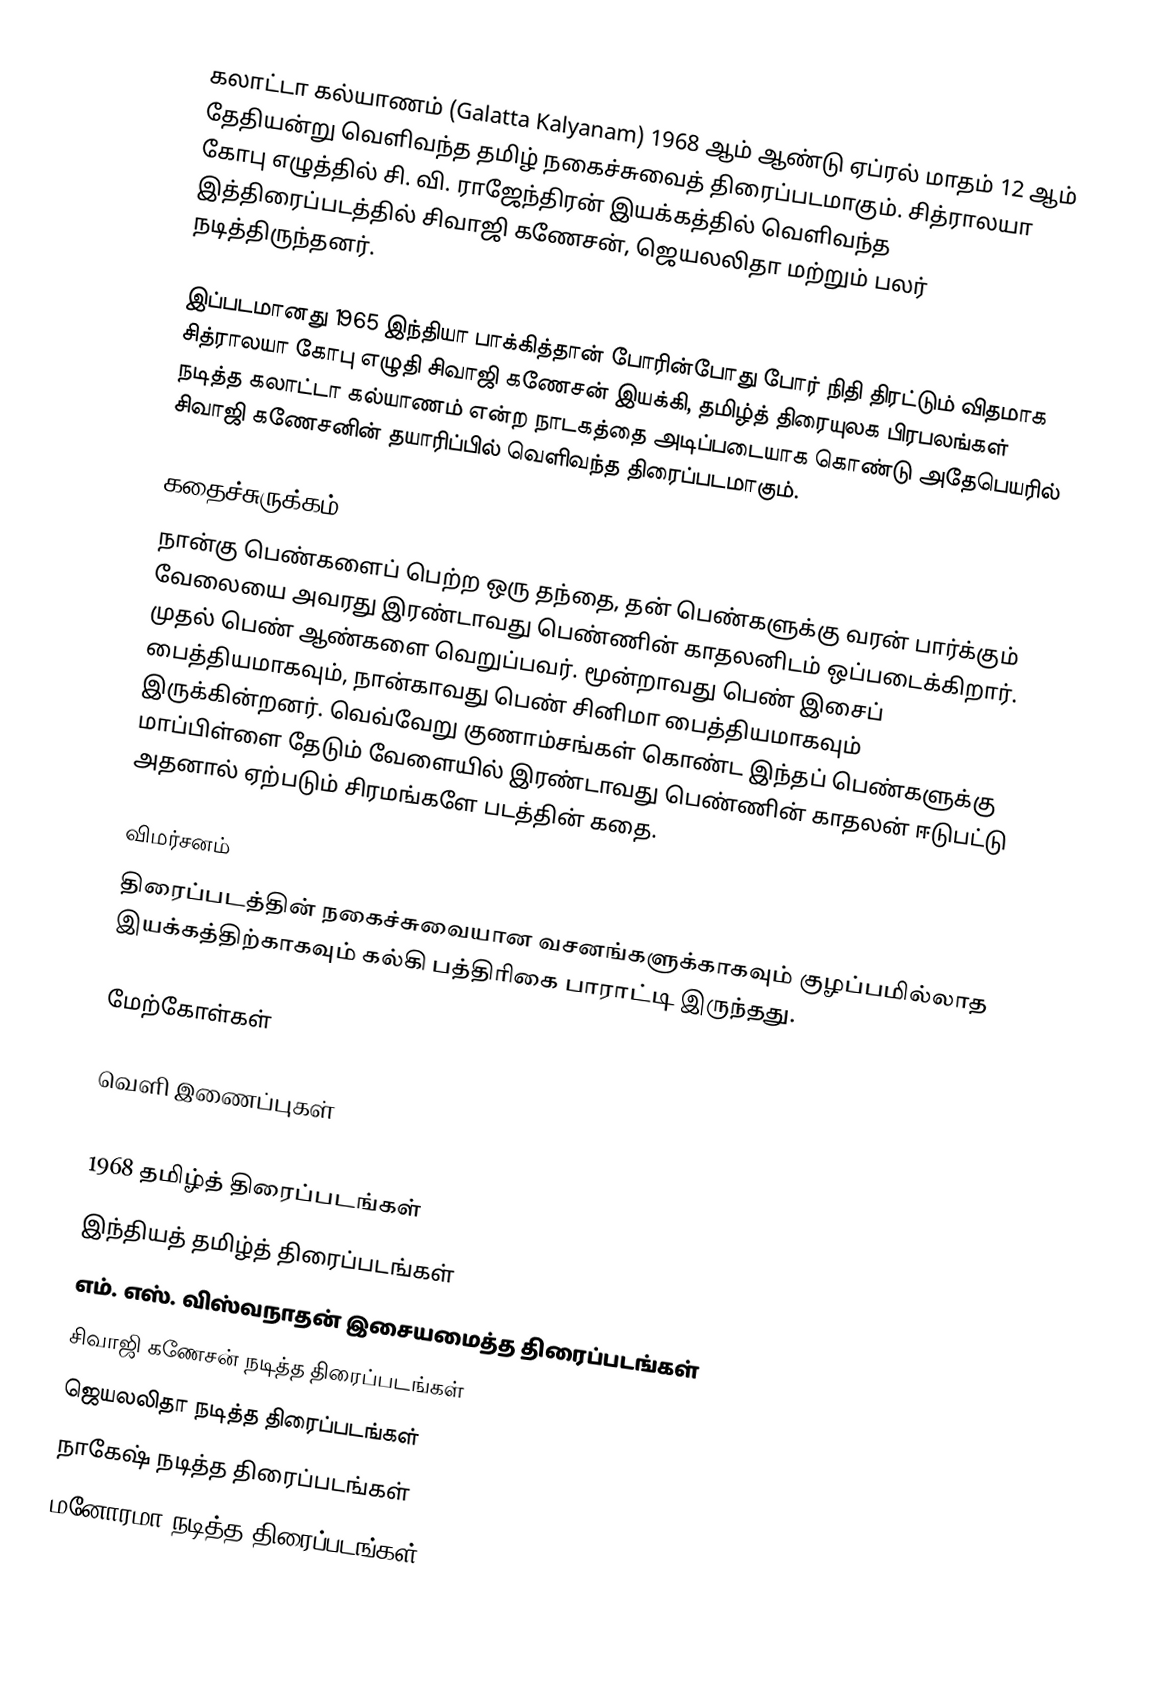
கலாட்டா கல்யாணம் (Galatta Kalyanam) 1968 ஆம் ஆண்டு ஏப்ரல் மாதம் 12 ஆம் தேதியன்று வெளிவந்த தமிழ் நகைச்சுவைத் திரைப்படமாகும்.  சித்ராலயா கோபு எழுத்தில் சி. வி. ராஜேந்திரன் இயக்கத்தில் வெளிவந்த இத்திரைப்படத்தில் சிவாஜி கணேசன், ஜெயலலிதா மற்றும் பலர் நடித்திருந்தனர்.

இப்படமானது 1965 இந்தியா பாக்கித்தான் போரின்போது போர் நிதி திரட்டும் விதமாக சித்ராலயா கோபு எழுதி சிவாஜி கணேசன் இயக்கி, தமிழ்த் திரையுலக பிரபலங்கள் நடித்த கலாட்டா கல்யாணம் என்ற நாடகத்தை அடிப்படையாக கொண்டு அதேபெயரில் சிவாஜி கணேசனின் தயாரிப்பில் வெளிவந்த திரைப்படமாகும்.

கதைச்சுருக்கம்
நான்கு பெண்களைப் பெற்ற ஒரு தந்தை, தன் பெண்களுக்கு வரன் பார்க்கும் வேலையை அவரது இரண்டாவது பெண்ணின் காதலனிடம் ஒப்படைக்கிறார்.  முதல் பெண் ஆண்களை வெறுப்பவர். மூன்றாவது பெண் இசைப் பைத்தியமாகவும், நான்காவது பெண் சினிமா பைத்தியமாகவும் இருக்கின்றனர். வெவ்வேறு குணாம்சங்கள் கொண்ட இந்தப் பெண்களுக்கு மாப்பிள்ளை தேடும் வேளையில் இரண்டாவது பெண்ணின் காதலன் ஈடுபட்டு அதனால் ஏற்படும் சிரமங்களே படத்தின் கதை.

விமர்சனம்
திரைப்படத்தின் நகைச்சுவையான வசனங்களுக்காகவும் குழப்பமில்லாத இயக்கத்திற்காகவும் கல்கி பத்திரிகை  பாராட்டி இருந்தது.

மேற்கோள்கள்

வெளி இணைப்புகள்

1968 தமிழ்த் திரைப்படங்கள்
இந்தியத் தமிழ்த் திரைப்படங்கள்
எம். எஸ். விஸ்வநாதன் இசையமைத்த திரைப்படங்கள்
சிவாஜி கணேசன் நடித்த திரைப்படங்கள்
ஜெயலலிதா நடித்த திரைப்படங்கள்
நாகேஷ் நடித்த திரைப்படங்கள்
மனோரமா நடித்த திரைப்படங்கள்